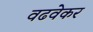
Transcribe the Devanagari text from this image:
वढवेकर